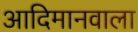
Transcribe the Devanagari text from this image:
आदिमानवाला